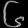
Digit: ၆